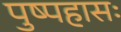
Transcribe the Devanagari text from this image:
पुष्पहासः